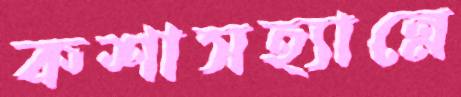
কশাসহ্যান্নে